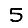
Digit: 5